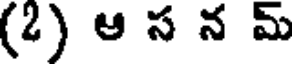
(2) ఆ స న మ్